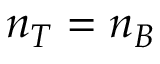
n _ { T } = n _ { B }